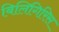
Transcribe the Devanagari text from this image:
बिलिगिरिस